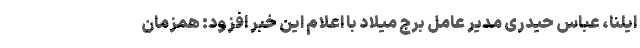
ایلنا، عباس حیدری مدیر عامل برج میلاد با اعلام این خبر افزود: همزمان